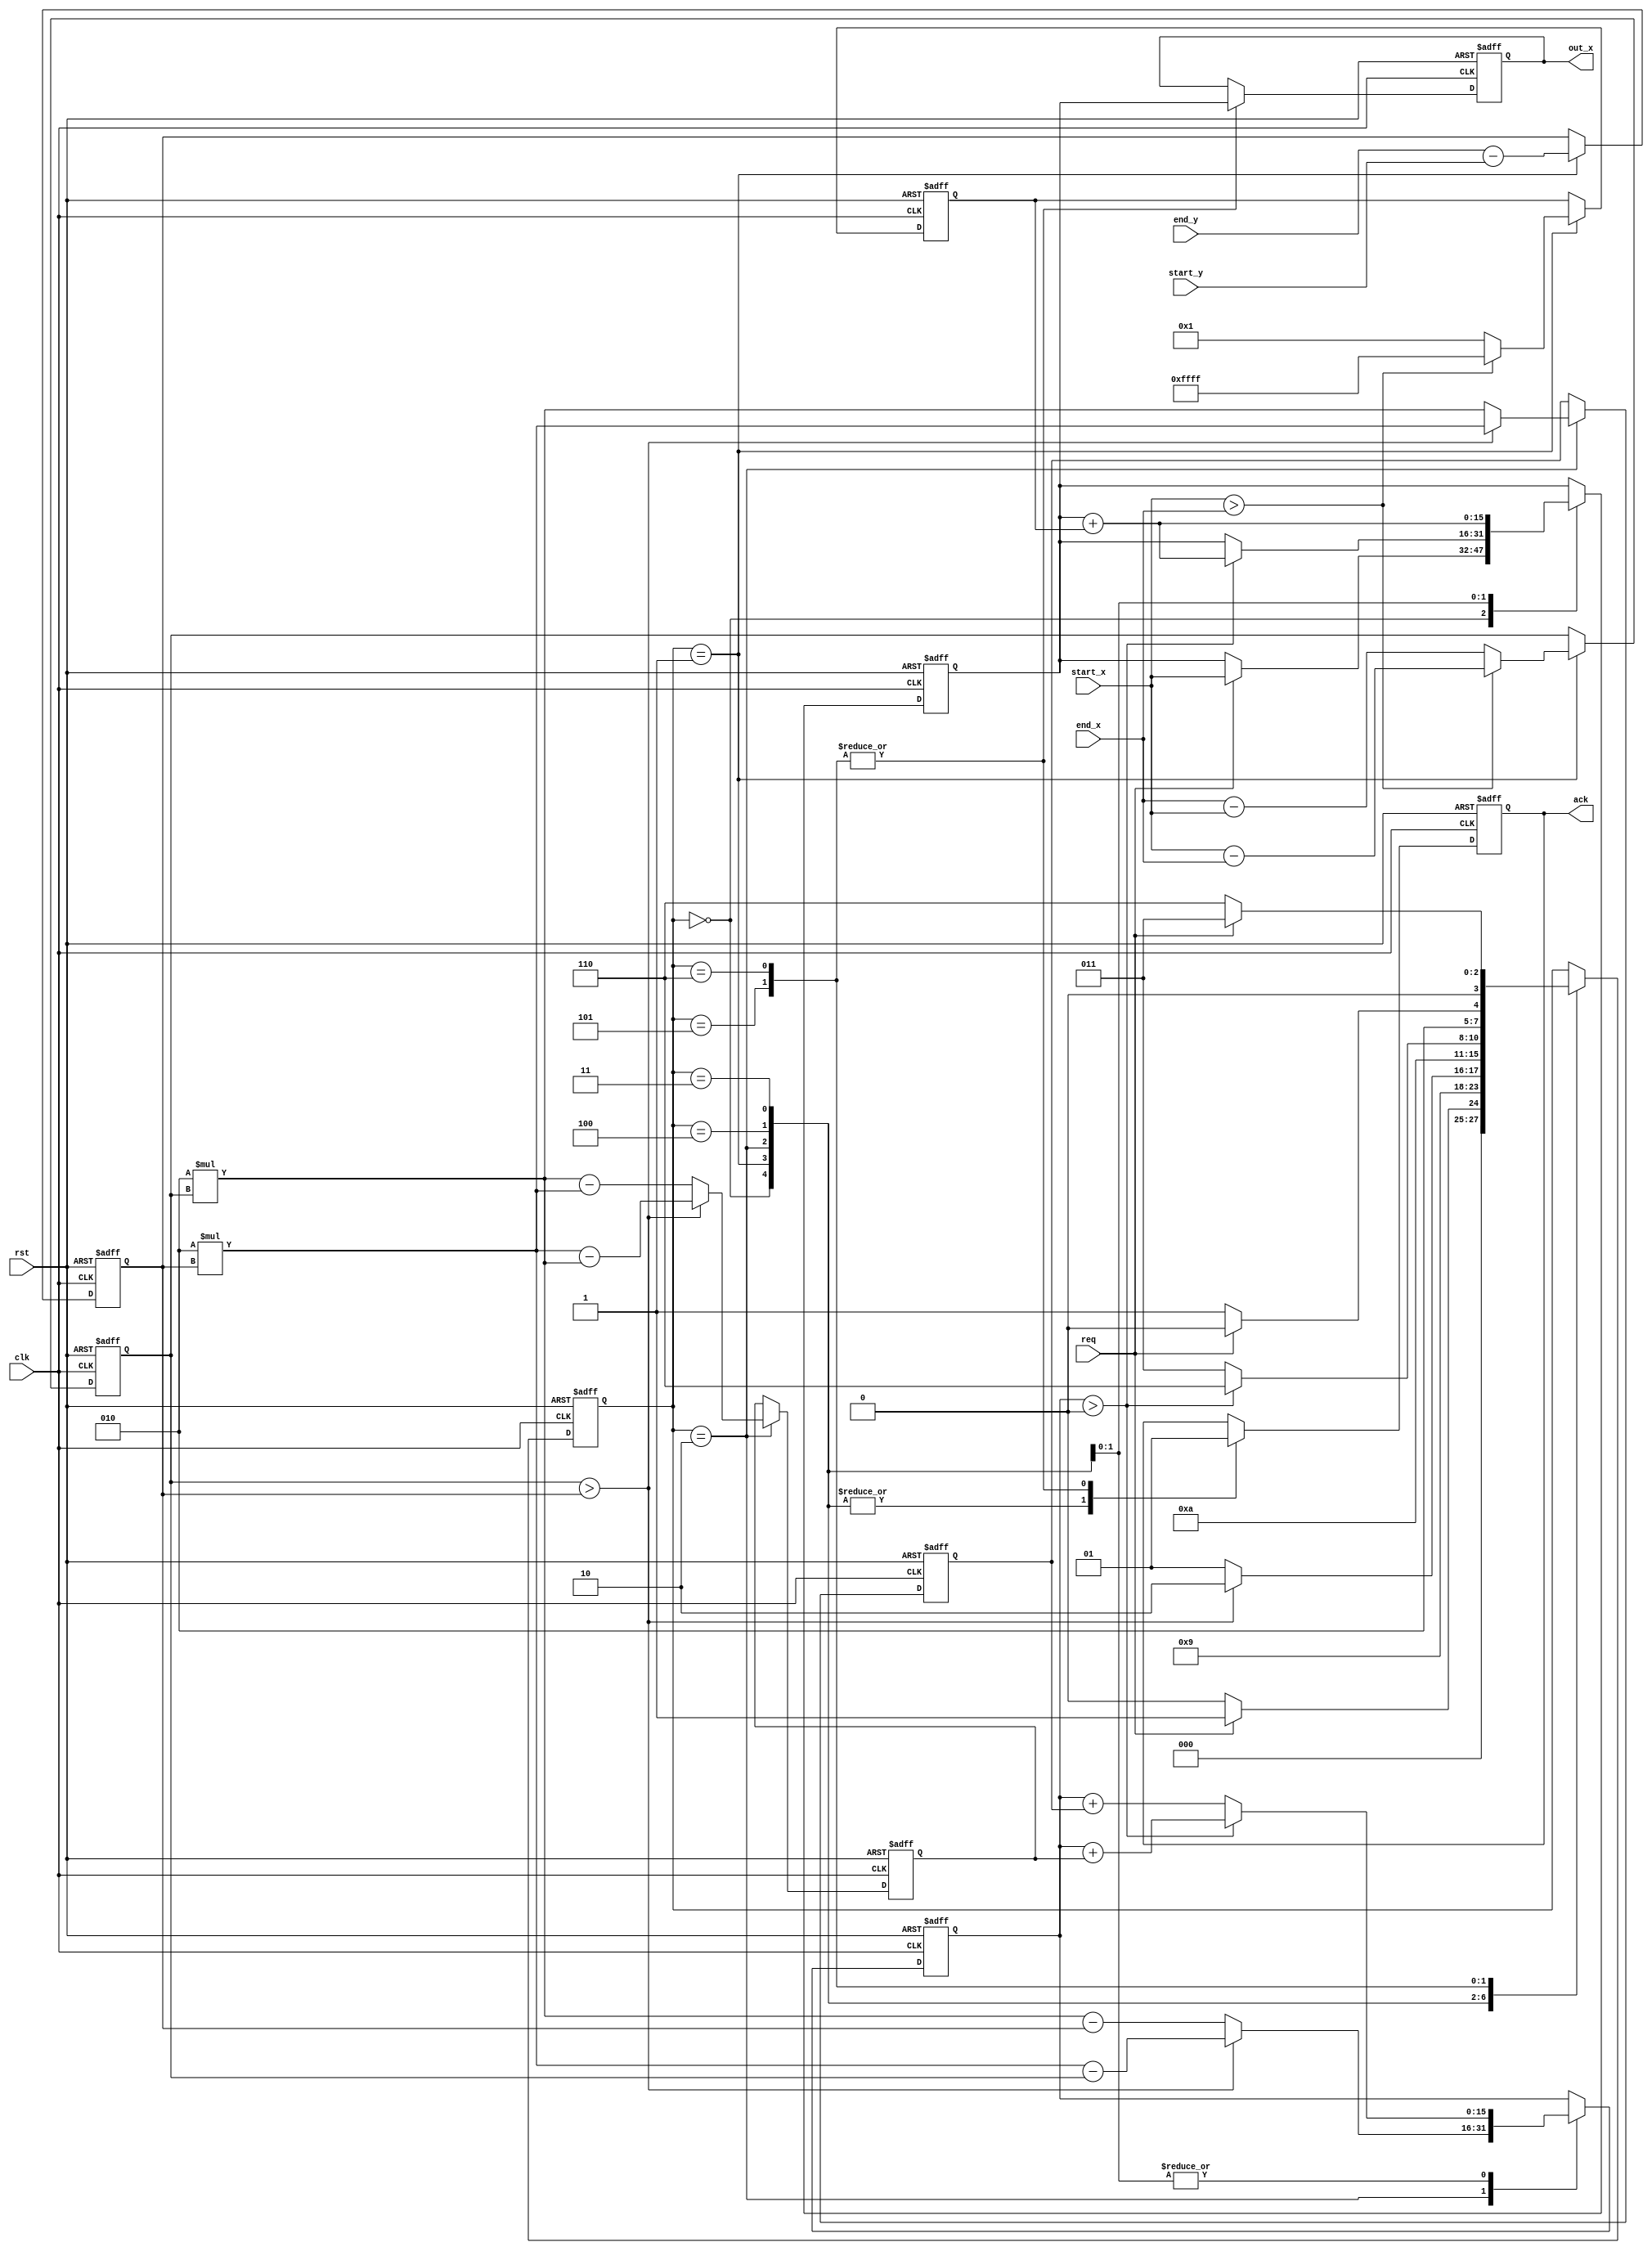
module Bresenham_modified #(
    parameter DATA_WIDTH = 15
)
(
    input wire req,
    input wire rst,
    input wire clk,
    input wire [DATA_WIDTH : 0] start_x,
    input wire [DATA_WIDTH : 0] start_y,
    input wire [DATA_WIDTH : 0] end_x,
    input wire [DATA_WIDTH : 0] end_y,
    output reg [DATA_WIDTH : 0] out_x,
    output reg ack
    );
    
    localparam
        START           = 4'b0,
        DIRECTION_SET   = 4'b0001,
        SLOPE_SET       = 4'b0010,
        LOW_SLOPE       = 4'b0011, 
        HIGH_SLOPE      = 4'b0100,
        POINT_FINISH_HI = 4'b0101,
        POINT_FINISH_LO = 4'b0110;
        
    reg [3:0]status_reg;
    reg signed [DATA_WIDTH:0]dx;
    reg signed [DATA_WIDTH:0]dy;
    reg signed[DATA_WIDTH:0]decision;
    reg signed [15:0] delta_A;
    reg signed [15:0] delta_B; 
    reg [DATA_WIDTH:0]x; 
    reg signed [DATA_WIDTH:0]inc_x; 
    
    
    always @(posedge clk or posedge rst)
    begin
        
        if( rst == 1) begin
            out_x <= 0;
            status_reg <= START;
            dx <=0;
            dy <= 0;
            decision <= 0;
            delta_A <= 0; 
            delta_B <= 0; 
            inc_x <= 0; 
            x <= 0;
            ack <= 0;
        end
        else begin
            
            case( status_reg )
                
                START:
                begin
                    ack <= 0;
                    if( req == 1) begin                       
                        status_reg <= DIRECTION_SET;               
                        x<= start_x;
                    end
                    else begin
                        status_reg <= START;                     
                    end

                    
                end
                DIRECTION_SET:
                begin
                    ack <= 0;
                    dy <= end_y - start_y;
                    if(start_x > end_x) begin
                        dx <= start_x - end_x;
                        inc_x <= -1;
                    end
                    else begin
                        dx <= end_x - start_x;
                        inc_x <= 1; 
                    end
                    status_reg <= SLOPE_SET; 
                end
                SLOPE_SET:
                begin
                    ack <= 0;
                    if( dx  > dy ) begin
                        decision<= 2*dy - dx;
                        delta_A <= 2*dy;
                        delta_B <= 2*dy - 2*dx;
                        status_reg<= POINT_FINISH_LO;
                    end
                    else 
                    begin
                        decision <= 2*dx - dy;
                        delta_A <= 2*dx;
                        delta_B <= 2*dx - 2*dy;
                        status_reg  <= POINT_FINISH_HI;
                    end
                end
                
                HIGH_SLOPE:
                begin
                    ack <= 0;
                    if( decision > 0 ) begin
                        decision <= decision + delta_B;
                        x <= x + inc_x;
                    end
                    else begin
                        decision <= decision + delta_A; 
                        x<= x;                      
                    end       
                
                    status_reg = POINT_FINISH_HI;
              
                    
                end
                
                LOW_SLOPE:
                begin
                    ack <= 0;
                    x <= x + inc_x;

                    if( decision > 0 ) begin
                        decision <= decision + delta_B;                  
                         status_reg <= POINT_FINISH_LO;
                    end
                    else begin
                        decision <= decision + delta_A;   
                        status_reg <= LOW_SLOPE;                  
                    end
                
                end
                POINT_FINISH_HI:
                begin
                    ack <= 1;
                    out_x <= x;     
                    if(req == 1) status_reg <= HIGH_SLOPE; 
                    else         status_reg <= POINT_FINISH_HI;             
                end
                POINT_FINISH_LO:
                begin
                    ack <= 1;
                    out_x <= x;  
                    if(req == 1) status_reg <= LOW_SLOPE;    
                    else         status_reg <= POINT_FINISH_LO;                    
                end

                
            endcase
            
            
        end
        
        
    
    end
    
endmodule